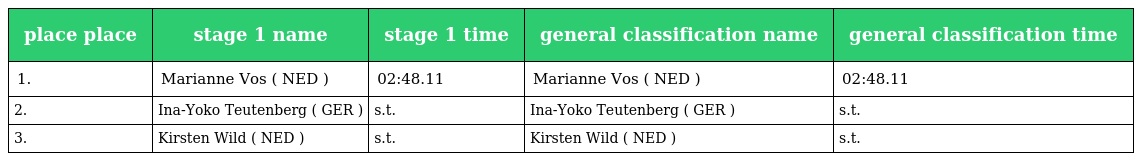
| place place | stage 1 name | stage 1 time | general classification name | general classification time |
 | --- | --- | --- | --- | --- |
 | 1. | Marianne Vos ( NED ) | 02:48.11 | Marianne Vos ( NED ) | 02:48.11 |
 | 2. | Ina-Yoko Teutenberg ( GER ) | s.t. | Ina-Yoko Teutenberg ( GER ) | s.t. |
 | 3. | Kirsten Wild ( NED ) | s.t. | Kirsten Wild ( NED ) | s.t. |